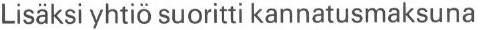
Lisäksi yhtiö suoritti kannatusmaksuna